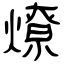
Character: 燎